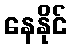
နေနိုင်